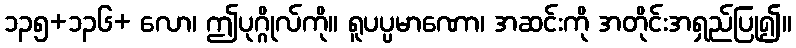
၁၃၅+၁၃၆+ လော၊ ဤပုဂ္ဂိုလ်ကို။ ရူပပ္ပမာဏော၊ အဆင်းကို အတိုင်းအရှည်ပြု၍။